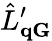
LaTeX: \hat{L}_{\mathbf{qG}}^{\prime}